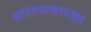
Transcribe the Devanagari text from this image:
आरश्यासारखा